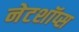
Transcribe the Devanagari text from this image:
नेटशॉप्स